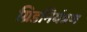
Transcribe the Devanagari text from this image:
ग्रिडनियंत्रण